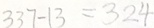
3 3 7 - 1 3 = 3 2 4